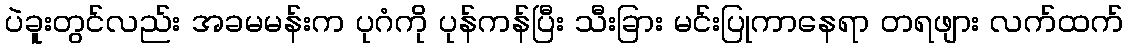
ပဲခူးတွင်လည်း အခမမန်းက ပုဂံကို ပုန်ကန်ပြီး သီးခြား မင်းပြုကာနေရာ တရဖျား လက်ထက်